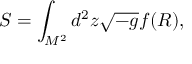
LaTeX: S = \int _ { M ^ { 2 } } ^ { } d ^ { 2 } z \sqrt { - g } f ( R ) ,